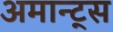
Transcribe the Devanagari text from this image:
अमान्ट्स